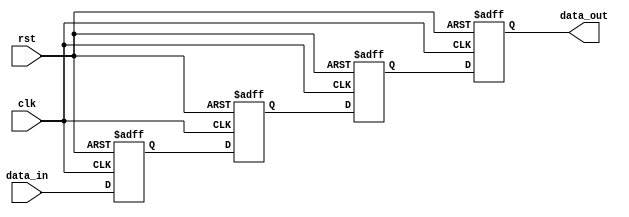
module synchronizer (
    input wire clk,
    input wire rst,
    input wire data_in,
    output reg data_out
);

reg [3:0] ff1, ff2, ff3, ff4;

always @(posedge clk or posedge rst) begin
    if (rst) begin
        ff1 <= 1'b0;
        ff2 <= 1'b0;
        ff3 <= 1'b0;
        ff4 <= 1'b0;
    end else begin
        ff1 <= data_in;
        ff2 <= ff1;
        ff3 <= ff2;
        ff4 <= ff3;
    end
end

assign data_out = ff4;

endmodule